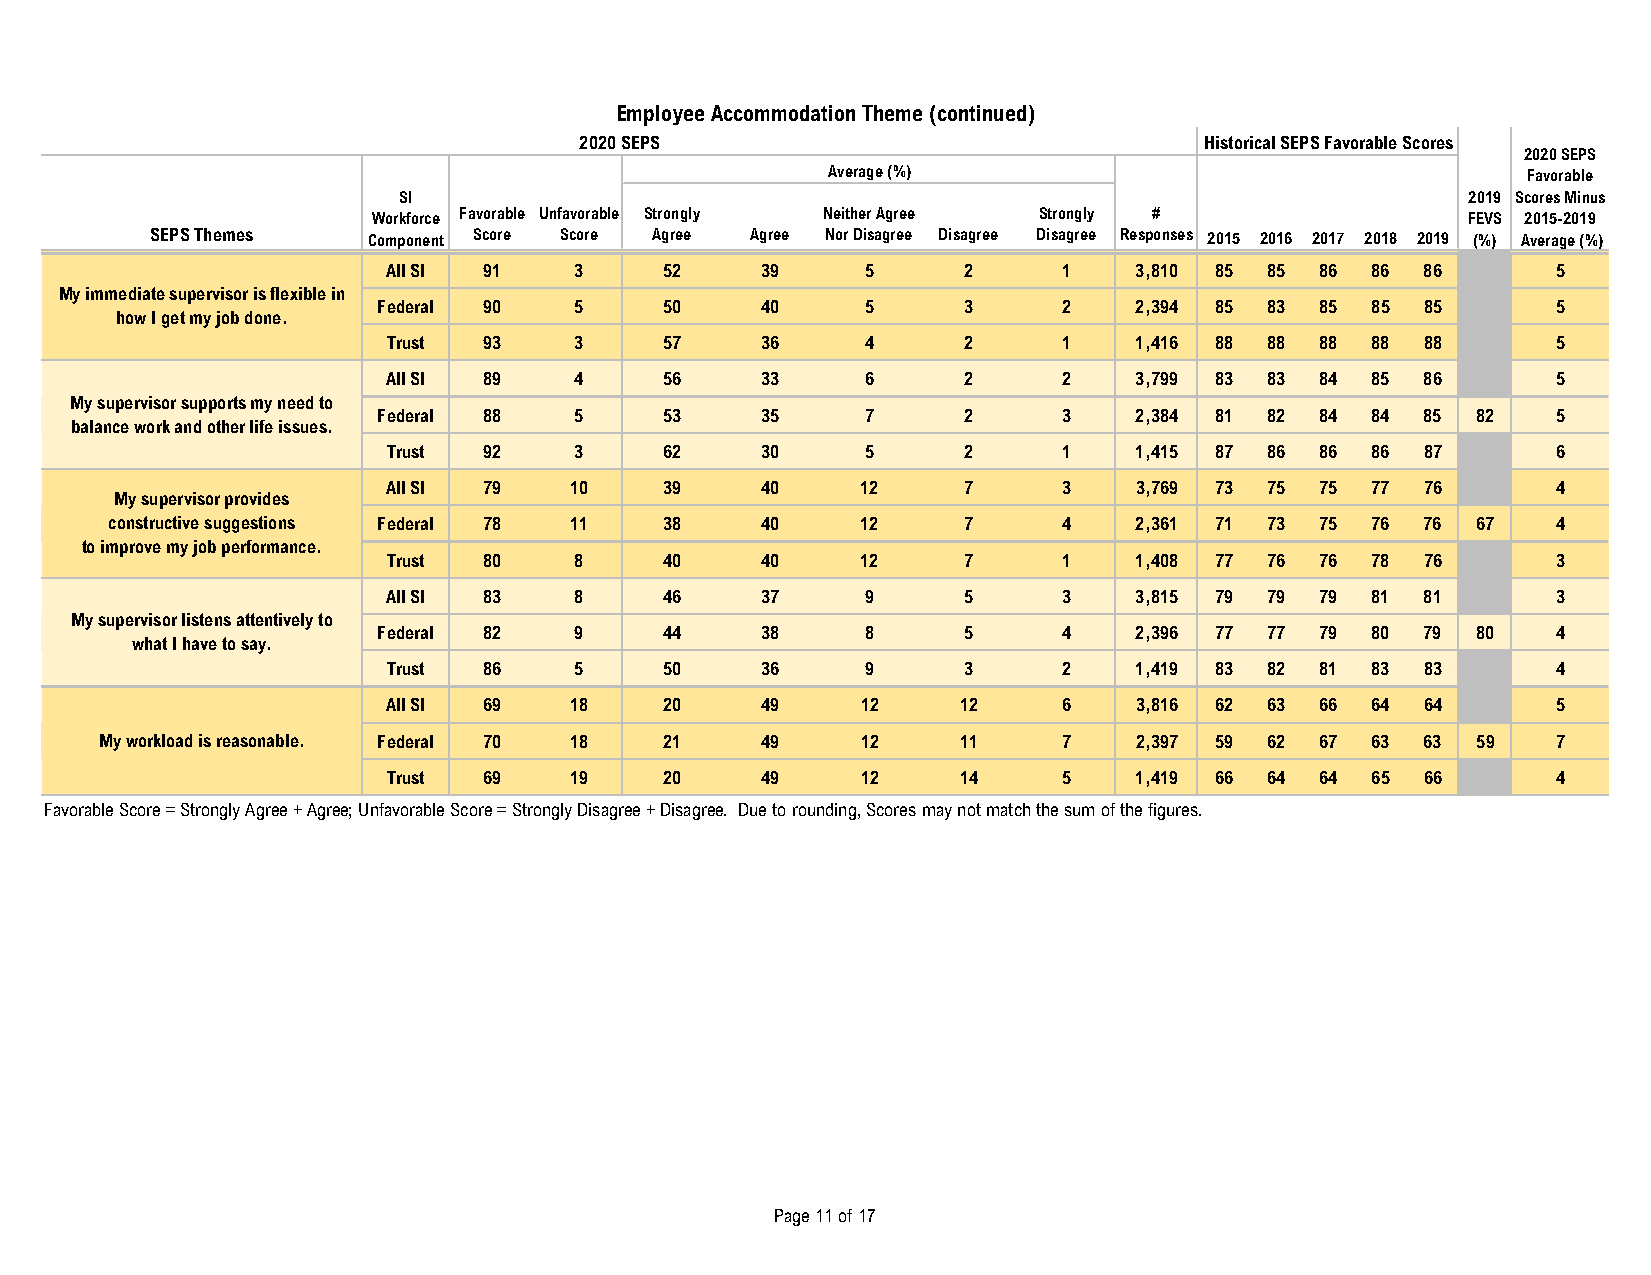
Employee Accommodation Theme (continued)
 2020 SEPS                                 Historical SEPS Favorable Scores
 2020 SEPS
 Average (%)                                   Favorable
 SI                                                                     2019 Scores Minus
 Workforce Favorable Unfavorable Strongly Neither Agree Strongly #       FEVS 2015-2019
 SEPS Themes   Component Score Score Agree Agree Nor Disagree Disagree Disagree Responses 2015 2016 2017 2018 2019 (%) Average (%)
 All SI 91   3     52    39     5      2     1    3,810 85 85 86  86 86       5
 My immediate supervisor is flexible in
 Federal 90   5     50    40     5      3     2    2,394 85 83 85  85 85       5
 how I get my job done.
 Trust 93    3     57    36     4      2     1    1,416 88 88 88  88 88       5
 All SI 89   4     56    33     6      2     2    3,799 83 83 84  85 86       5
 My supervisor supports my need to
 Federal 88   5     53    35     7      2     3    2,384 81 82 84  84 85  82   5
 balance work and other life issues.
 Trust 92    3     62    30     5      2     1    1,415 87 86 86  86 87       6
 All SI 79   10    39    40     12     7     3    3,769 73 75 75  77 76       4
 My supervisor provides
 constructive suggestions Federal 78 11 38  40     12     7     4    2,361 71 73 75  76 76  67   4
 to improve my job performance.
 Trust 80    8     40    40     12     7     1    1,408 77 76 76  78 76       3
 All SI 83   8     46    37     9      5     3    3,815 79 79 79  81 81       3
 My supervisor listens attentively to
 Federal 82   9     44    38     8      5     4    2,396 77 77 79  80 79  80   4
 what I have to say.
 Trust 86    5     50    36     9      3     2    1,419 83 82 81  83 83       4
 All SI 69   18    20    49     12     12    6    3,816 62 63 66  64 64       5
 My workload is reasonable. Federal 70 18 21 49    12     11    7    2,397 59 62 67  63 63  59   7
 Trust 69    19    20    49     12     14    5    1,419 66 64 64  65 66       4
 Favorable Score = Strongly Agree + Agree; Unfavorable Score = Strongly Disagree + Disagree. Due to rounding, Scores may not match the sum of the figures.
 Page 11 of 17